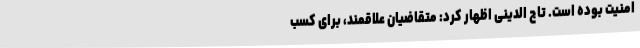
امنیت بوده است. تاج الدینی اظهار کرد: متقاضیان علاقمند، برای کسب